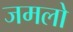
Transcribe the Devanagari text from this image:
जमलो